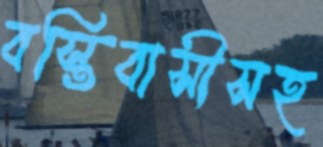
বস্তিবাসীসহ